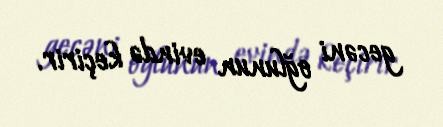
gecəni oğlunun evində keçirir.